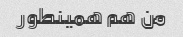
من هم همینطور